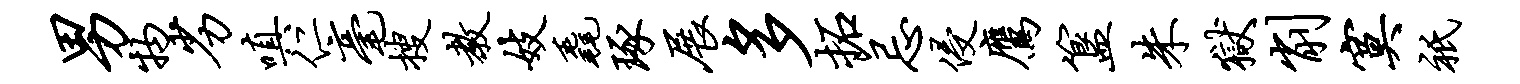
男物劣嗔仁毫搜教妓毳琢展多拓忌侵鹰簋朱狱削寞只